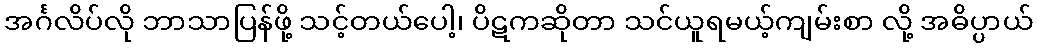
အင်္ဂလိပ်လို ဘာသာပြန်ဖို့ သင့်တယ်ပေါ့၊ ပိဋကဆိုတာ သင်ယူရမယ့်ကျမ်းစာ လို့ အဓိပ္ပာယ်